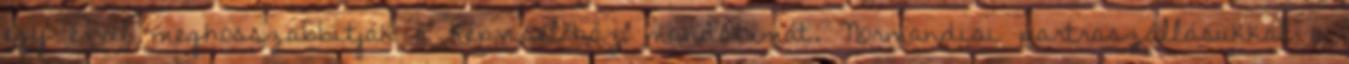
egy évvel meghosszabbítják a Képviselõház mandátumát. Normandiai partraszállásukkal a